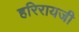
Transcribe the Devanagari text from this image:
हरिरायजी